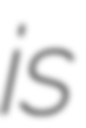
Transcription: is